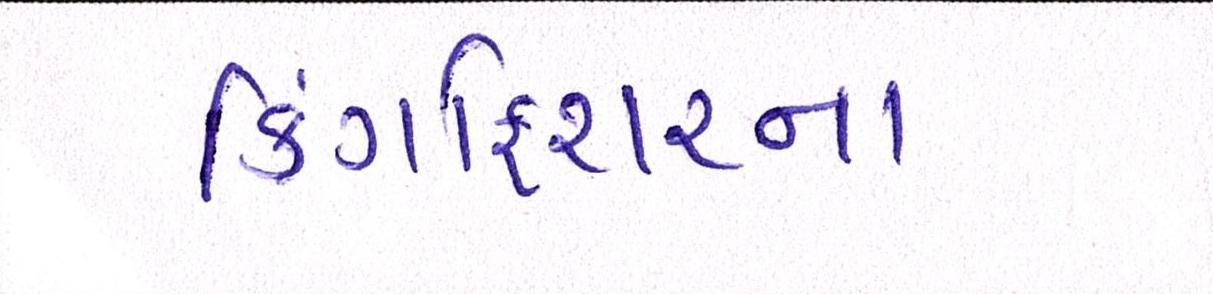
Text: કિંગફિશરના